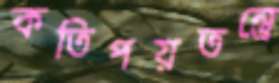
কতিপয়তন্ত্রে